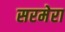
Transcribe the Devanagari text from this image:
सरमेरा